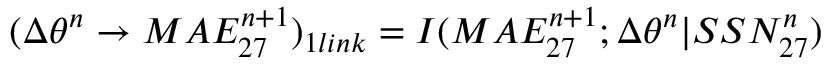
\large ( \Delta \theta ^ { n } \rightarrow M A E _ { 2 7 } ^ { n + 1 } \large ) _ { 1 l i n k } = I ( M A E _ { 2 7 } ^ { n + 1 } ; \Delta \theta ^ { n } | S S N _ { 2 7 } ^ { n } )